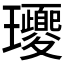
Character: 𤫕